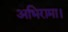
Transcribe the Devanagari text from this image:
अभिरामा।